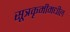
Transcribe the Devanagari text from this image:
सूत्रकृमीमधील